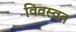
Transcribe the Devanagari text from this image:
विवस्वत